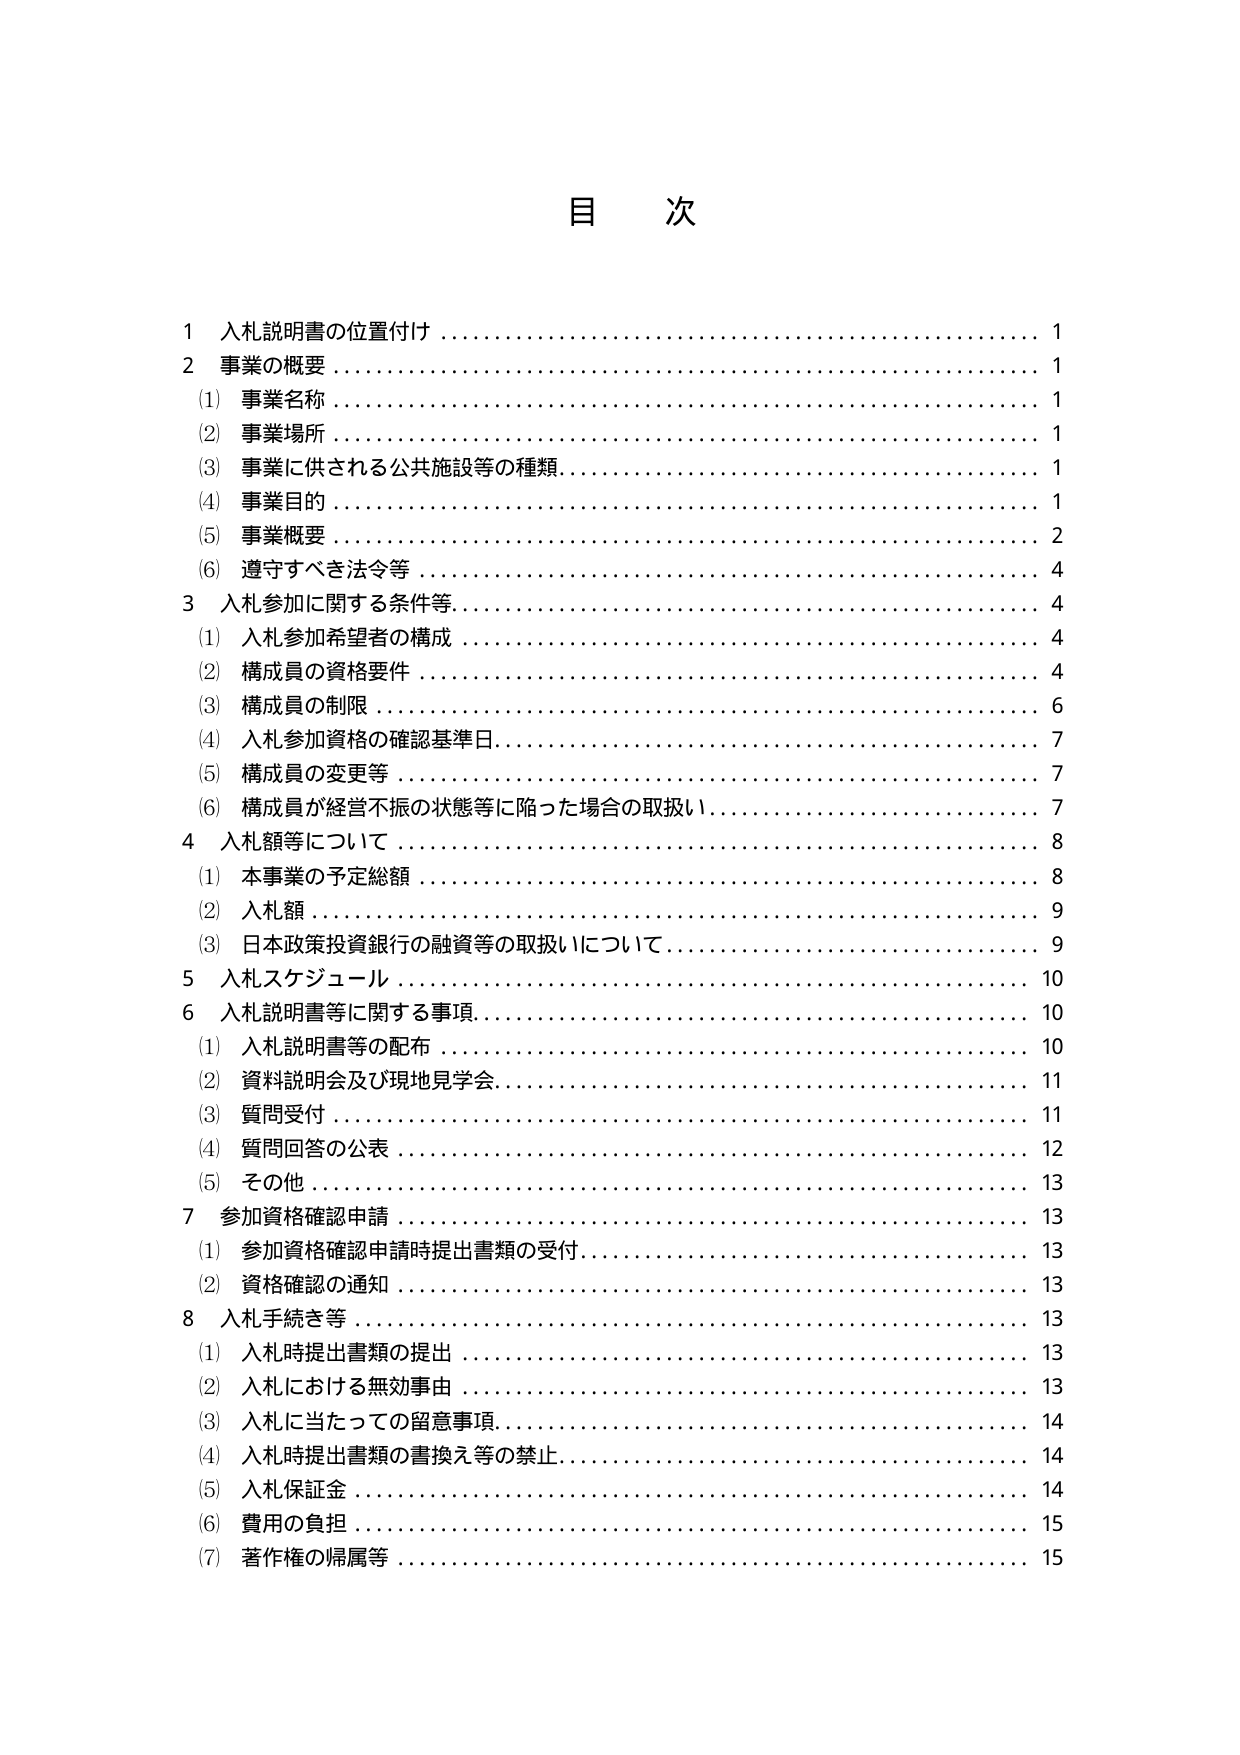
目 次

1 入札説明書の位置付け 1
2 事業の概要 1
(1) 事業名称 1
(2) 事業場所 1
(3) 事業に供される公共施設等の種類 1
(4) 事業目的 1
(5) 事業概要 2
(6) 遵守すべき法令等 4
3 入札参加に関する条件等 4
(1) 入札参加希望者の構成 4
(2) 構成員の資格要件 4
(3) 構成員の制限 6
(4) 入札参加資格の確認基準日 7
(5) 構成員の変更等 7
(6) 構成員が経営不振の状態等に陥った場合の取扱い 7
4 入札額等について 8
(1) 本事業の予定総額 8
(2) 入札額 9
(3) 日本政策投資銀行の融資等の取扱いについて 9
5 入札スケジュール 10
6 入札説明書等に関する事項 10
(1) 入札説明書等の配布 10
(2) 資料説明会及び現地見学会 11
(3) 質問受付 11
(4) 質問回答の公表 12
(5) その他 13
7 参加資格確認申請 13
(1) 参加資格確認申請時提出書類の受付 13
(2) 資格確認の通知 13
8 入札手続き等 13
(1) 入札時提出書類の提出 13
(2) 入札における無効事由 13
(3) 入札に当たっての留意事項 14
(4) 入札時提出書類の書換え等の禁止 14
(5) 入札保証金 14
(6) 費用の負担 15
(7) 著作権の帰属等 15